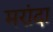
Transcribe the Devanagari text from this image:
मरांदा